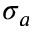
\sigma _ { a }